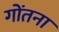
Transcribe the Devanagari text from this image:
गोंतना